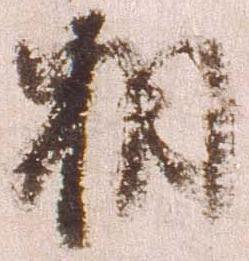
相